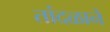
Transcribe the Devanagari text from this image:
तांदळाने